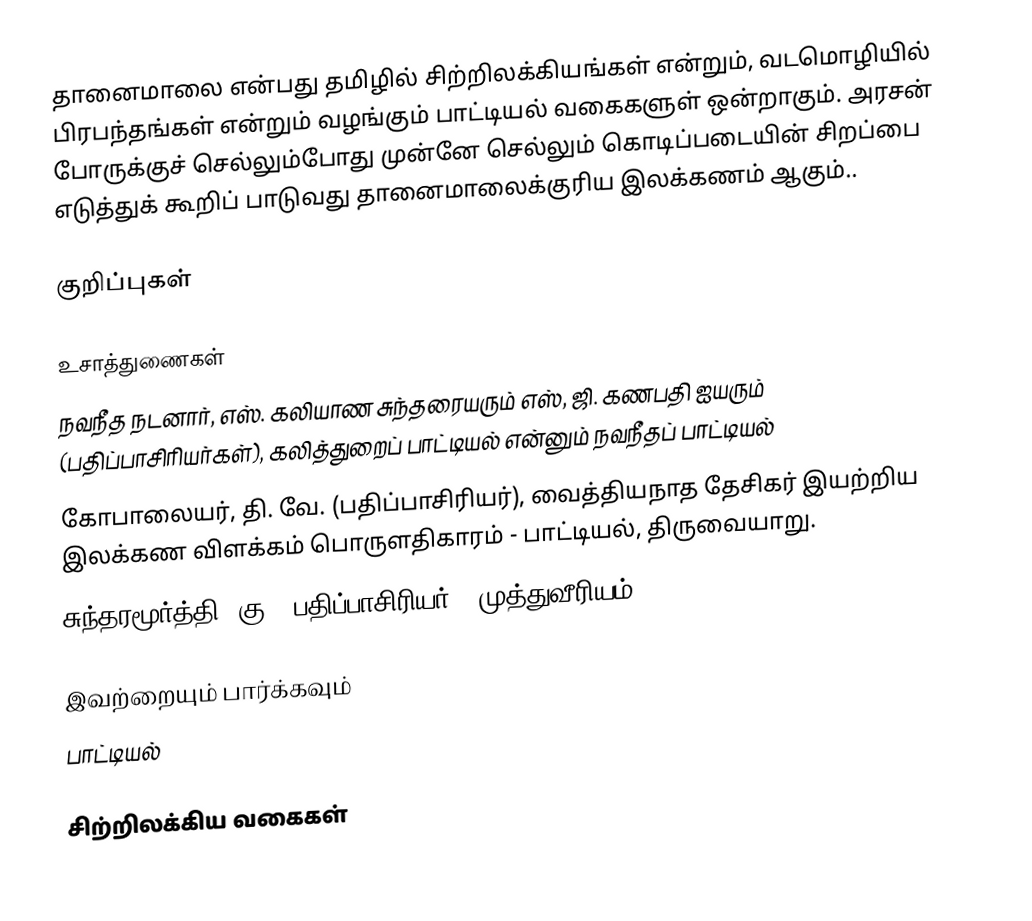
தானைமாலை என்பது தமிழில் சிற்றிலக்கியங்கள் என்றும், வடமொழியில் பிரபந்தங்கள் என்றும் வழங்கும் பாட்டியல் வகைகளுள் ஒன்றாகும். அரசன் போருக்குச் செல்லும்போது முன்னே செல்லும் கொடிப்படையின் சிறப்பை எடுத்துக் கூறிப் பாடுவது தானைமாலைக்குரிய இலக்கணம் ஆகும்..

குறிப்புகள்

உசாத்துணைகள்
 நவநீத நடனார், எஸ். கலியாண சுந்தரையரும் எஸ், ஜி. கணபதி ஐயரும் (பதிப்பாசிரியர்கள்), கலித்துறைப் பாட்டியல் என்னும் நவநீதப் பாட்டியல்
 கோபாலையர், தி. வே. (பதிப்பாசிரியர்), வைத்தியநாத தேசிகர் இயற்றிய இலக்கண விளக்கம் பொருளதிகாரம் - பாட்டியல், திருவையாறு.
 சுந்தரமூர்த்தி, கு. (பதிப்பாசிரியர்), முத்துவீரியம்

இவற்றையும் பார்க்கவும்
 பாட்டியல்

சிற்றிலக்கிய வகைகள்